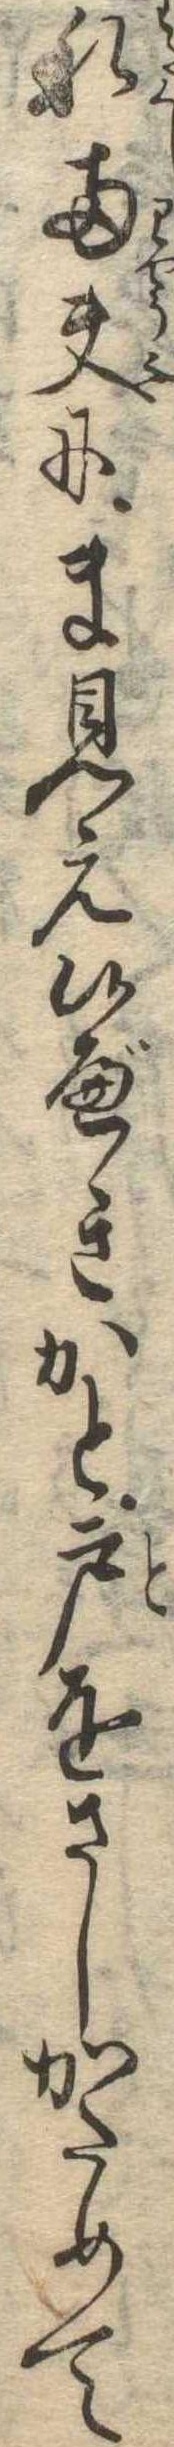
私両夫にま見え候べきかと戸をさしかためて